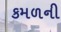
કમળની